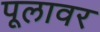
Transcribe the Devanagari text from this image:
पूलावर